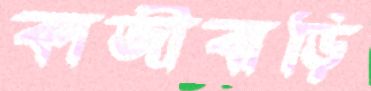
কাজীবাড়ি